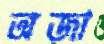
অজা